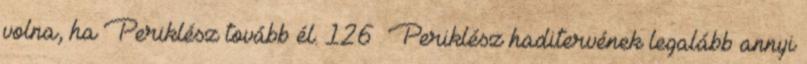
volna, ha Periklész tovább él. 126 Periklész haditervének legalább annyi